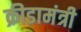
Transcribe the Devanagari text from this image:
क्रीडामंत्री